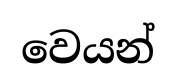
වෙයන්